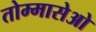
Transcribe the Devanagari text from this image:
तोम्मासेओ